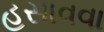
હસાવવા